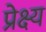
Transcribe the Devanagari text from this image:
प्रेक्ष्य